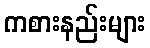
ကစားနည်းများ